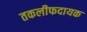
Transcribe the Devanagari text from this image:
तकलीफदायक